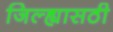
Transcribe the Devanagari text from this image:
जिल्ह्यासठी